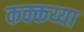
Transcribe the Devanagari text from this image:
कक्कय्या